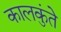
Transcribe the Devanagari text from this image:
कालकुंते